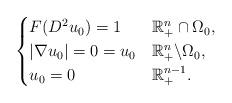
LaTeX: \begin{align*} \begin{cases}F(D^{2}u_0)=1 & \mathbb{R}_+^n\cap\Omega_0,\\|\nabla u_0|=0=u_0 & \mathbb{R}_+^n\backslash\Omega_0,\\u_0=0 & \mathbb{R}_+^{n-1}.\end{cases}\end{align*}